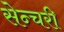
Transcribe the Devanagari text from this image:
सेन्चरी